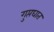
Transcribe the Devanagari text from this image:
गुप्तघात